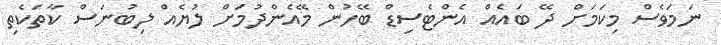
ނަމަވެސް މިކަމަށް ދޭ ބައެއް އެންޓެސިޑް ބޭހުން މޭއެންދުމަށް ލުޔެއް ލިބުނަސް ކާތަކެތި